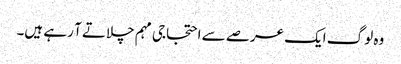
وہ لوگ ایک عرصے سے احتجاجی مہم چلاتے آ رہے ہیں۔